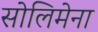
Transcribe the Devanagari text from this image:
सोलिमेना